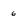
Character: 6